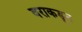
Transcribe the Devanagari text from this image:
वराकडून